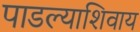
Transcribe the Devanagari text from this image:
पाडल्याशिवाय